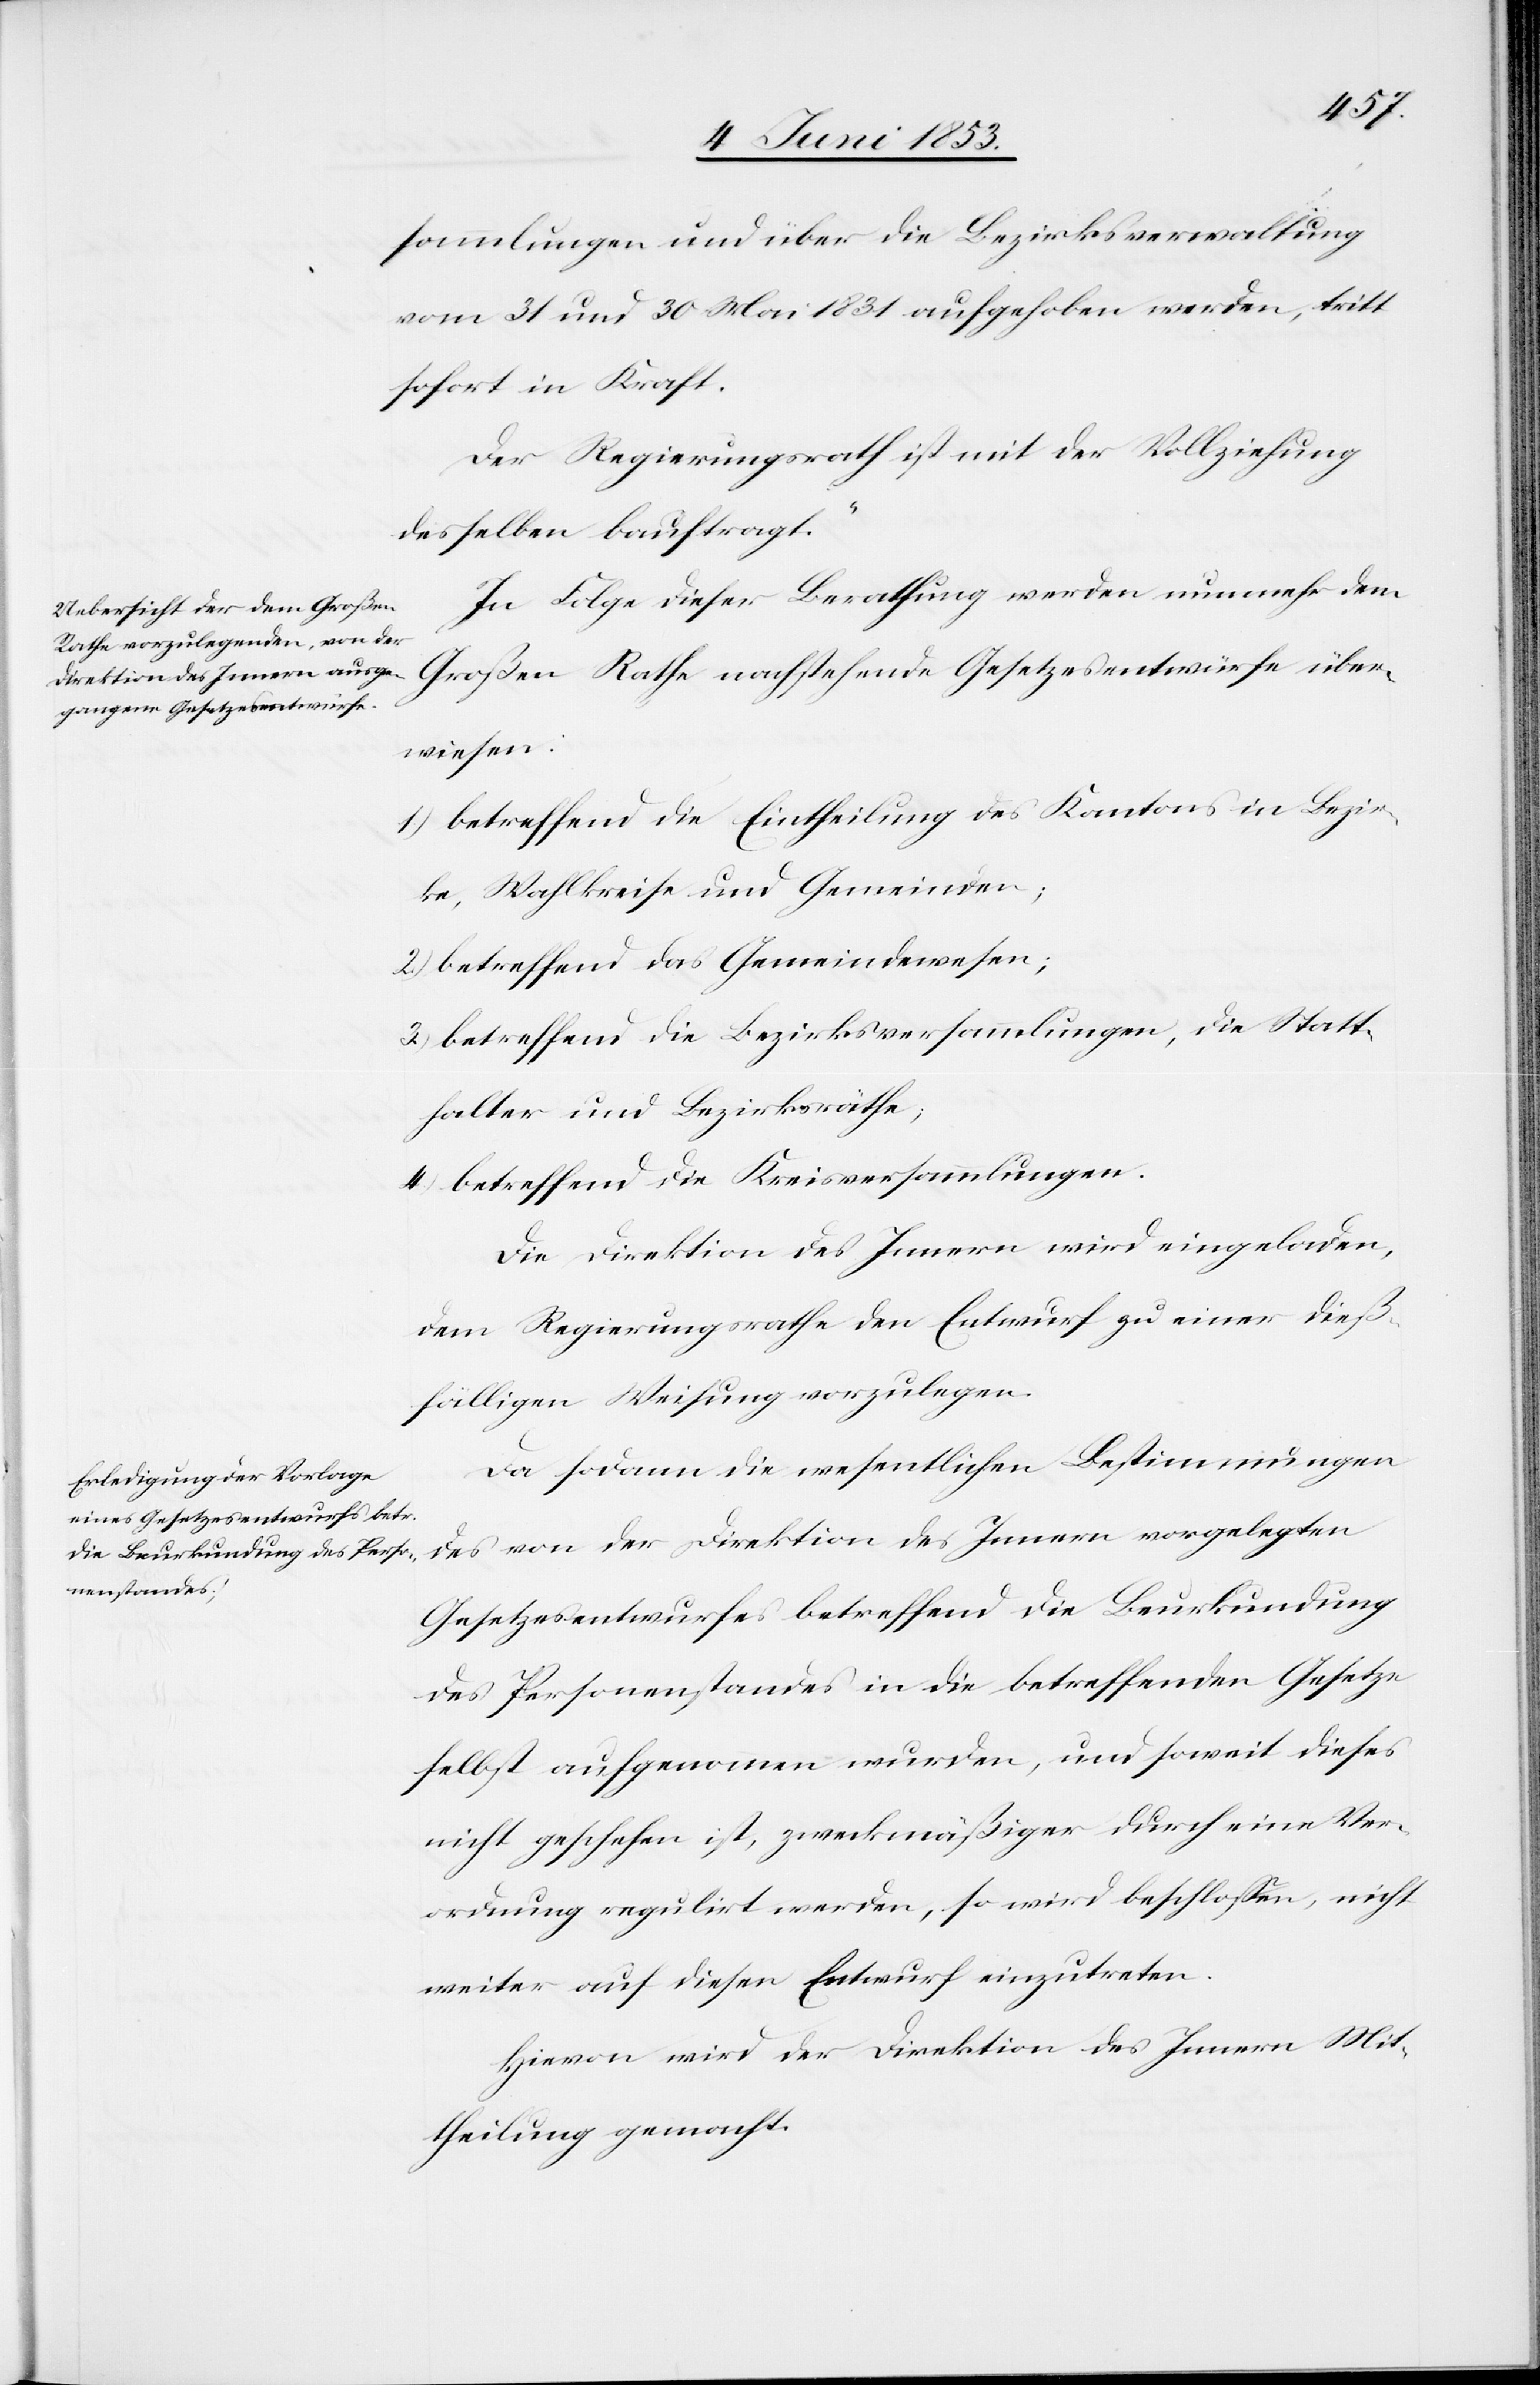
sammlungen und über die Bezirksverwaltung
vom 31 und 30 Mai 1831 aufgehoben werden, tritt
sofort in Kraft.
Der Regierungsrath ist mit der Vollziehung
desselben beauftragt.“
In Folge dieser Berathung werden nunmehr dem
Großen Rathe nachstehende Gesetzesentwürfe über¬
wiesen:
1) betreffend die Eintheilung des Kantons in Bezir¬
ke, Wahlkreise und Gemeinden;
2) betreffend das Gemeindwesen;
3) betreffend die Bezirksversammlungen, die Statt¬
halter und Bezirksräthe;
4) betreffend die Kreisversammlungen.
Die Direktion des Innern wird eingeladen,
dem Regierungsrathe den Entwurf zu einer dieß¬
fälligen Weisung vorzulegen.
Da sodann die wesentlichen Bestimmungen
des von der Direktion des Innern vorgelegten
Gesetzesentwurfes betreffend die Beurkundung
des Personenstandes in die betreffenden Gesetze
selbst aufgenommen wurden, und soweit dieses
nicht geschehen ist, zweckmäßiger durch eine Ver¬
ordnung regulirt werden, so wird beschloßen, nicht
weiter auf diesen Entwurf einzutreten.
Hievon wird der Direktion des Innern Mit¬
theilung gemacht.